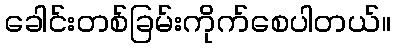
ခေါင်းတစ်ခြမ်းကိုက်စေပါတယ်။